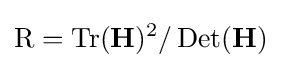
{\text{R}}=\operatorname {Tr} ({\textbf {H}})^{2}/\operatorname {Det} ({\textbf {H}})